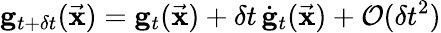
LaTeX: {\mathbf g}_{t+\delta t}(\vec{\mathbf x})={\mathbf g}_{t}(\vec{\mathbf x})+\delta t\, \dot{\mathbf g}_{t}(\vec{\mathbf x})+\mathcal{O}(\delta t^{2})